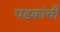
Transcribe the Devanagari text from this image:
घडकांची